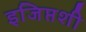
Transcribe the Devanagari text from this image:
इजिप्तशी